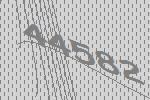
44582